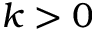
k > 0